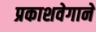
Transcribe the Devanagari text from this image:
प्रकाशवेगाने